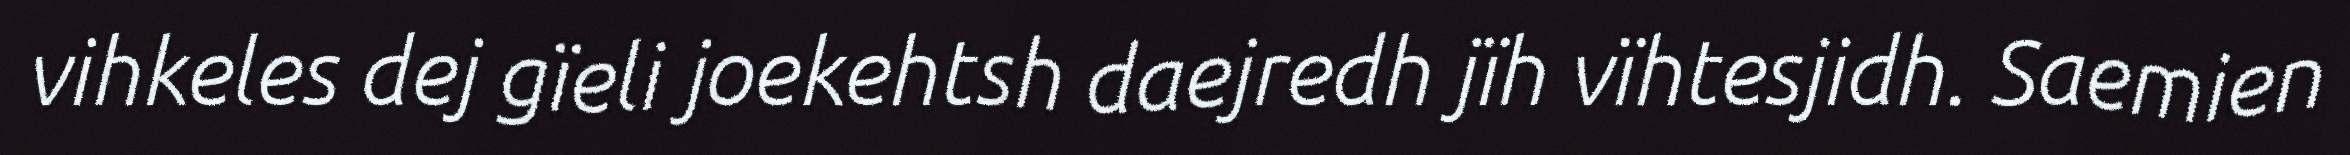
vihkeles dej gïeli joekehtsh daejredh jïh vïhtesjidh. Saemien